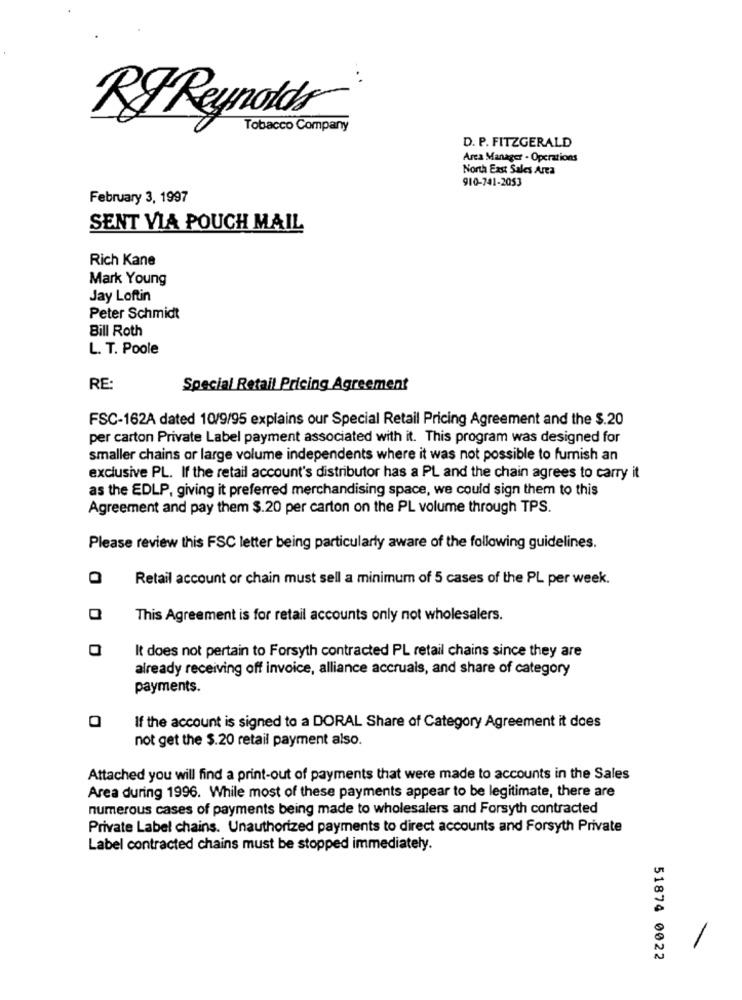
...
RI Reynolds
Tobacco Company
D. P. FITZGERALD
Area Manager - Operations
North East Sales Area
910-741-2053
February 3, 1997
SENT VIA POUCH MAIL
Rich Kane
Mark Young
Jay Loftin
Peter Schmidt
Bill Roth
L. T. Poole
RE:
Special Retail Pricing Agreement
FSC-162A dated 10/9/95 explains our Special Retail Pricing Agreement and the $.20
per carton Private Label payment associated with it. This program was designed for
smaller chains or large volume independents where it was not possible to furnish an
exclusive PL. If the retail account's distributor has a PL and the chain agrees to carry it
as the EDLP, giving it preferred merchandising space, we could sign them to this
Agreement and pay them $.20 per carton on the PL volume through TPS.
Please review this FSC letter being particularly aware of the following guidelines.
Retail account or chain must sell a minimum of 5 cases of the PL per week.
This Agreement is for retail accounts only not wholesalers.
It does not pertain to Forsyth contracted PL retail chains since they are
already receiving off invoice, alliance accruals, and share of category
payments.
If the account is signed to a DORAL Share of Category Agreement it does
not get the $.20 retail payment also.
Attached you will find a print-out of payments that were made to accounts in the Sales
Area during 1996. While most of these payments appear to be legitimate, there are
numerous cases of payments being made to wholesalers and Forsyth contracted
Private Label chains. Unauthorized payments to direct accounts and Forsyth Private
Label contracted chains must be stopped immediately.
51874 0022